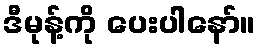
ဒီမုန့်ကို ပေးပါနော်။